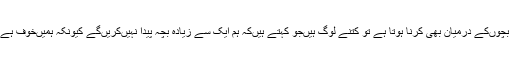
میں‌اکثر لوگوں‌سے سوال کرتا ہوں‌کہ عدل تو بچوں‌کے درمیان بھی کرنا ہوتا ہے تو کتنے لوگ ہیں‌جو کہتے ہیں‌کہ ہم ایک سے زیادہ بچہ پیدا نہیں‌کریں‌گے کیونکہ ہمیں‌خوف ہے کہ ہم انکے درمیان عدل نہیں‌کر سکیں‌گے ؟